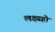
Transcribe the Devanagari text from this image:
लक्ष्यहो